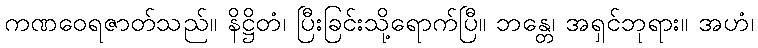
ကဏဝေရဇာတ်သည်။ နိဋ္ဌိတံ၊ ပြီးခြင်းသို့ရောက်ပြီ။ ဘန္တေ၊ အရှင်ဘုရား။ အဟံ၊